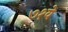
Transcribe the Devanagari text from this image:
७१वे